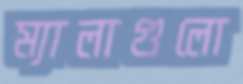
ম্যালাগুলো